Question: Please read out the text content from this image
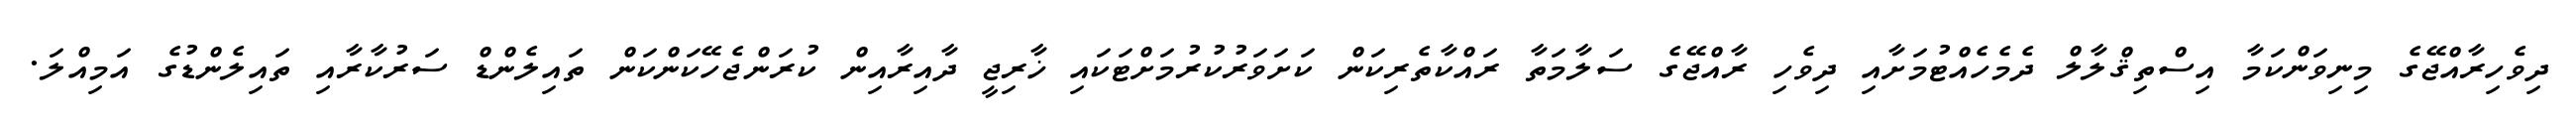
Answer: ދިވެހިރާއްޖޭގެ މިނިވަންކަމާ އިސްތިޤްލާލް ދެމެހެއްޓުމަށާއި ދިވެހި ރާއްޖޭގެ ސަލާމަތާ ރައްކާތެރިކަން ކަށަވަރުކުރުމަށްޓަކައި ޚާރިޖީ ދާއިރާއިން ކުރަންޖެހޭކަންކަން ތައިލެންޑް ސަރުކާރާއި ތައިލެންޑުގެ އަމިއްލަ.